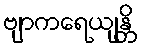
ဗျာကရေယျန္တိ